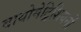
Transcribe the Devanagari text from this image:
बायोमेट्रिशियनों